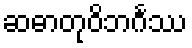
ဆဓာတုဝိဘင်္ဂဿ